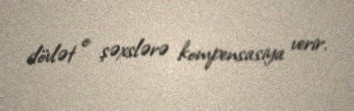
dövlət o şəxslərə kompensasiya verir.